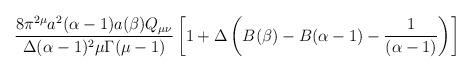
LaTeX: \begin{align*}\frac{8\pi^{2\mu}a^2(\alpha-1)a(\beta)Q_{\mu\nu}}{\Delta (\alpha-1)^2\mu\Gamma(\mu-1)} \left[ 1 + \Delta \left( B(\beta) - B(\alpha-1)- \frac{1}{(\alpha-1)} \right) \right]\end{align*}